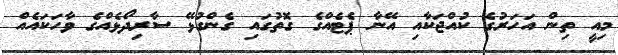
މިއީ ތިން އަހަރުގެ ކުއްޖަކާއި އޭނާ ޕެޓެއްގެ ގޮތުގައި ގެންގުޅޭ ސާރިދޯޅެއްގެ ވާހަކައެއް